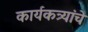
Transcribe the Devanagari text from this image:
कार्यकत्र्यांचे